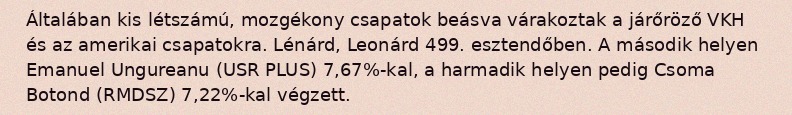
Általában kis létszámú, mozgékony csapatok beásva várakoztak a járőröző VKH és az amerikai csapatokra. Lénárd, Leonárd 499. esztendőben. A második helyen Emanuel Ungureanu (USR PLUS) 7,67%-kal, a harmadik helyen pedig Csoma Botond (RMDSZ) 7,22%-kal végzett.